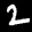
Label: 2